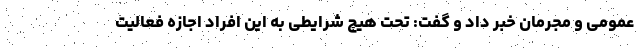
عمومی و مجرمان خبر داد و گفت: تحت هیچ شرایطی به این افراد اجازه فعالیت